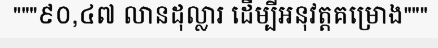
"""៩០,៤៧ លានដុល្លារ ដើម្បីអនុវត្តគម្រោង"""